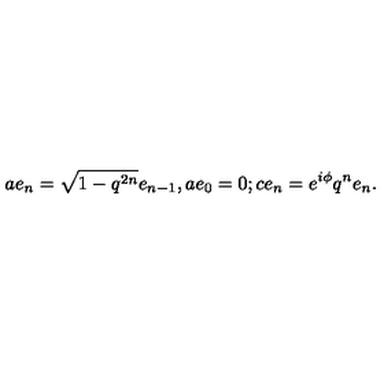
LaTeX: a e _ { n } = \sqrt { 1 - q ^ { 2 n } } e _ { n - 1 } , a e _ { 0 } = 0 ; c e _ { n } = e ^ { i \phi } q ^ { n } e _ { n } .